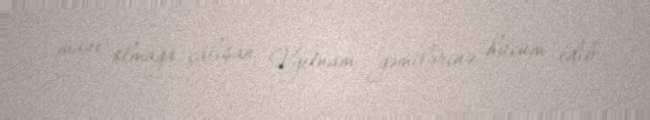
mane olmağa çalışan Vyetnam gəmilərinə hücum edib.